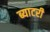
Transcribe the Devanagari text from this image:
ब्याटरी